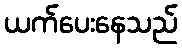
ယက်ပေးနေသည်